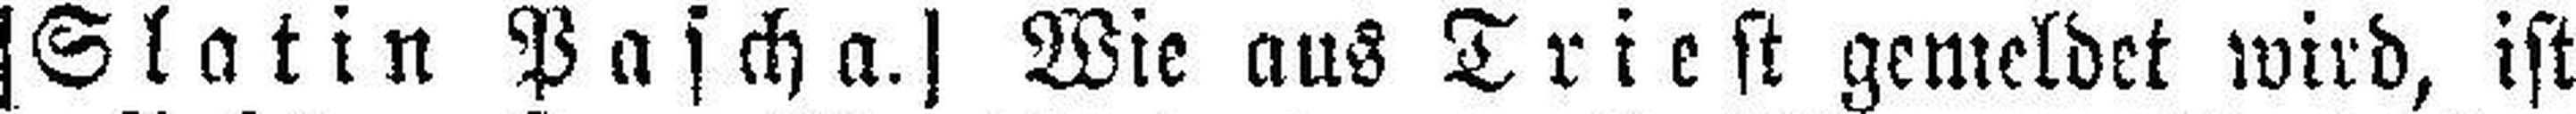
[Slatin Pascha.] Wie aus Triest gemeldet wird, ist